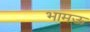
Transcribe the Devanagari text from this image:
भामऊ